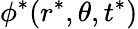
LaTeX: \phi^{*}(r^{*},\theta,t^{*})